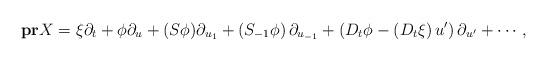
LaTeX: \begin{align*}\bold{pr}X=\xi\partial_t+\phi\partial_u+(S\phi)\partial_{u_1}+\left(S_{-1}\phi\right)\partial_{u_{-1}}+\left(D_t\phi-\left(D_t\xi\right)u'\right)\partial_{u'}+\cdots,\end{align*}